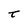
Character: t